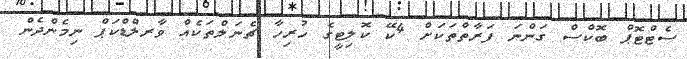
ސެޓްޓޮޕް ބޮކްސް ގަންނަ ފަރާތްތަކަށް 4ކޭ ކޮލިޓީގެ ހުރިހާ ޗެނަލްތަކެއް ވާރލްޑްކަޕް ނިމެންދެން